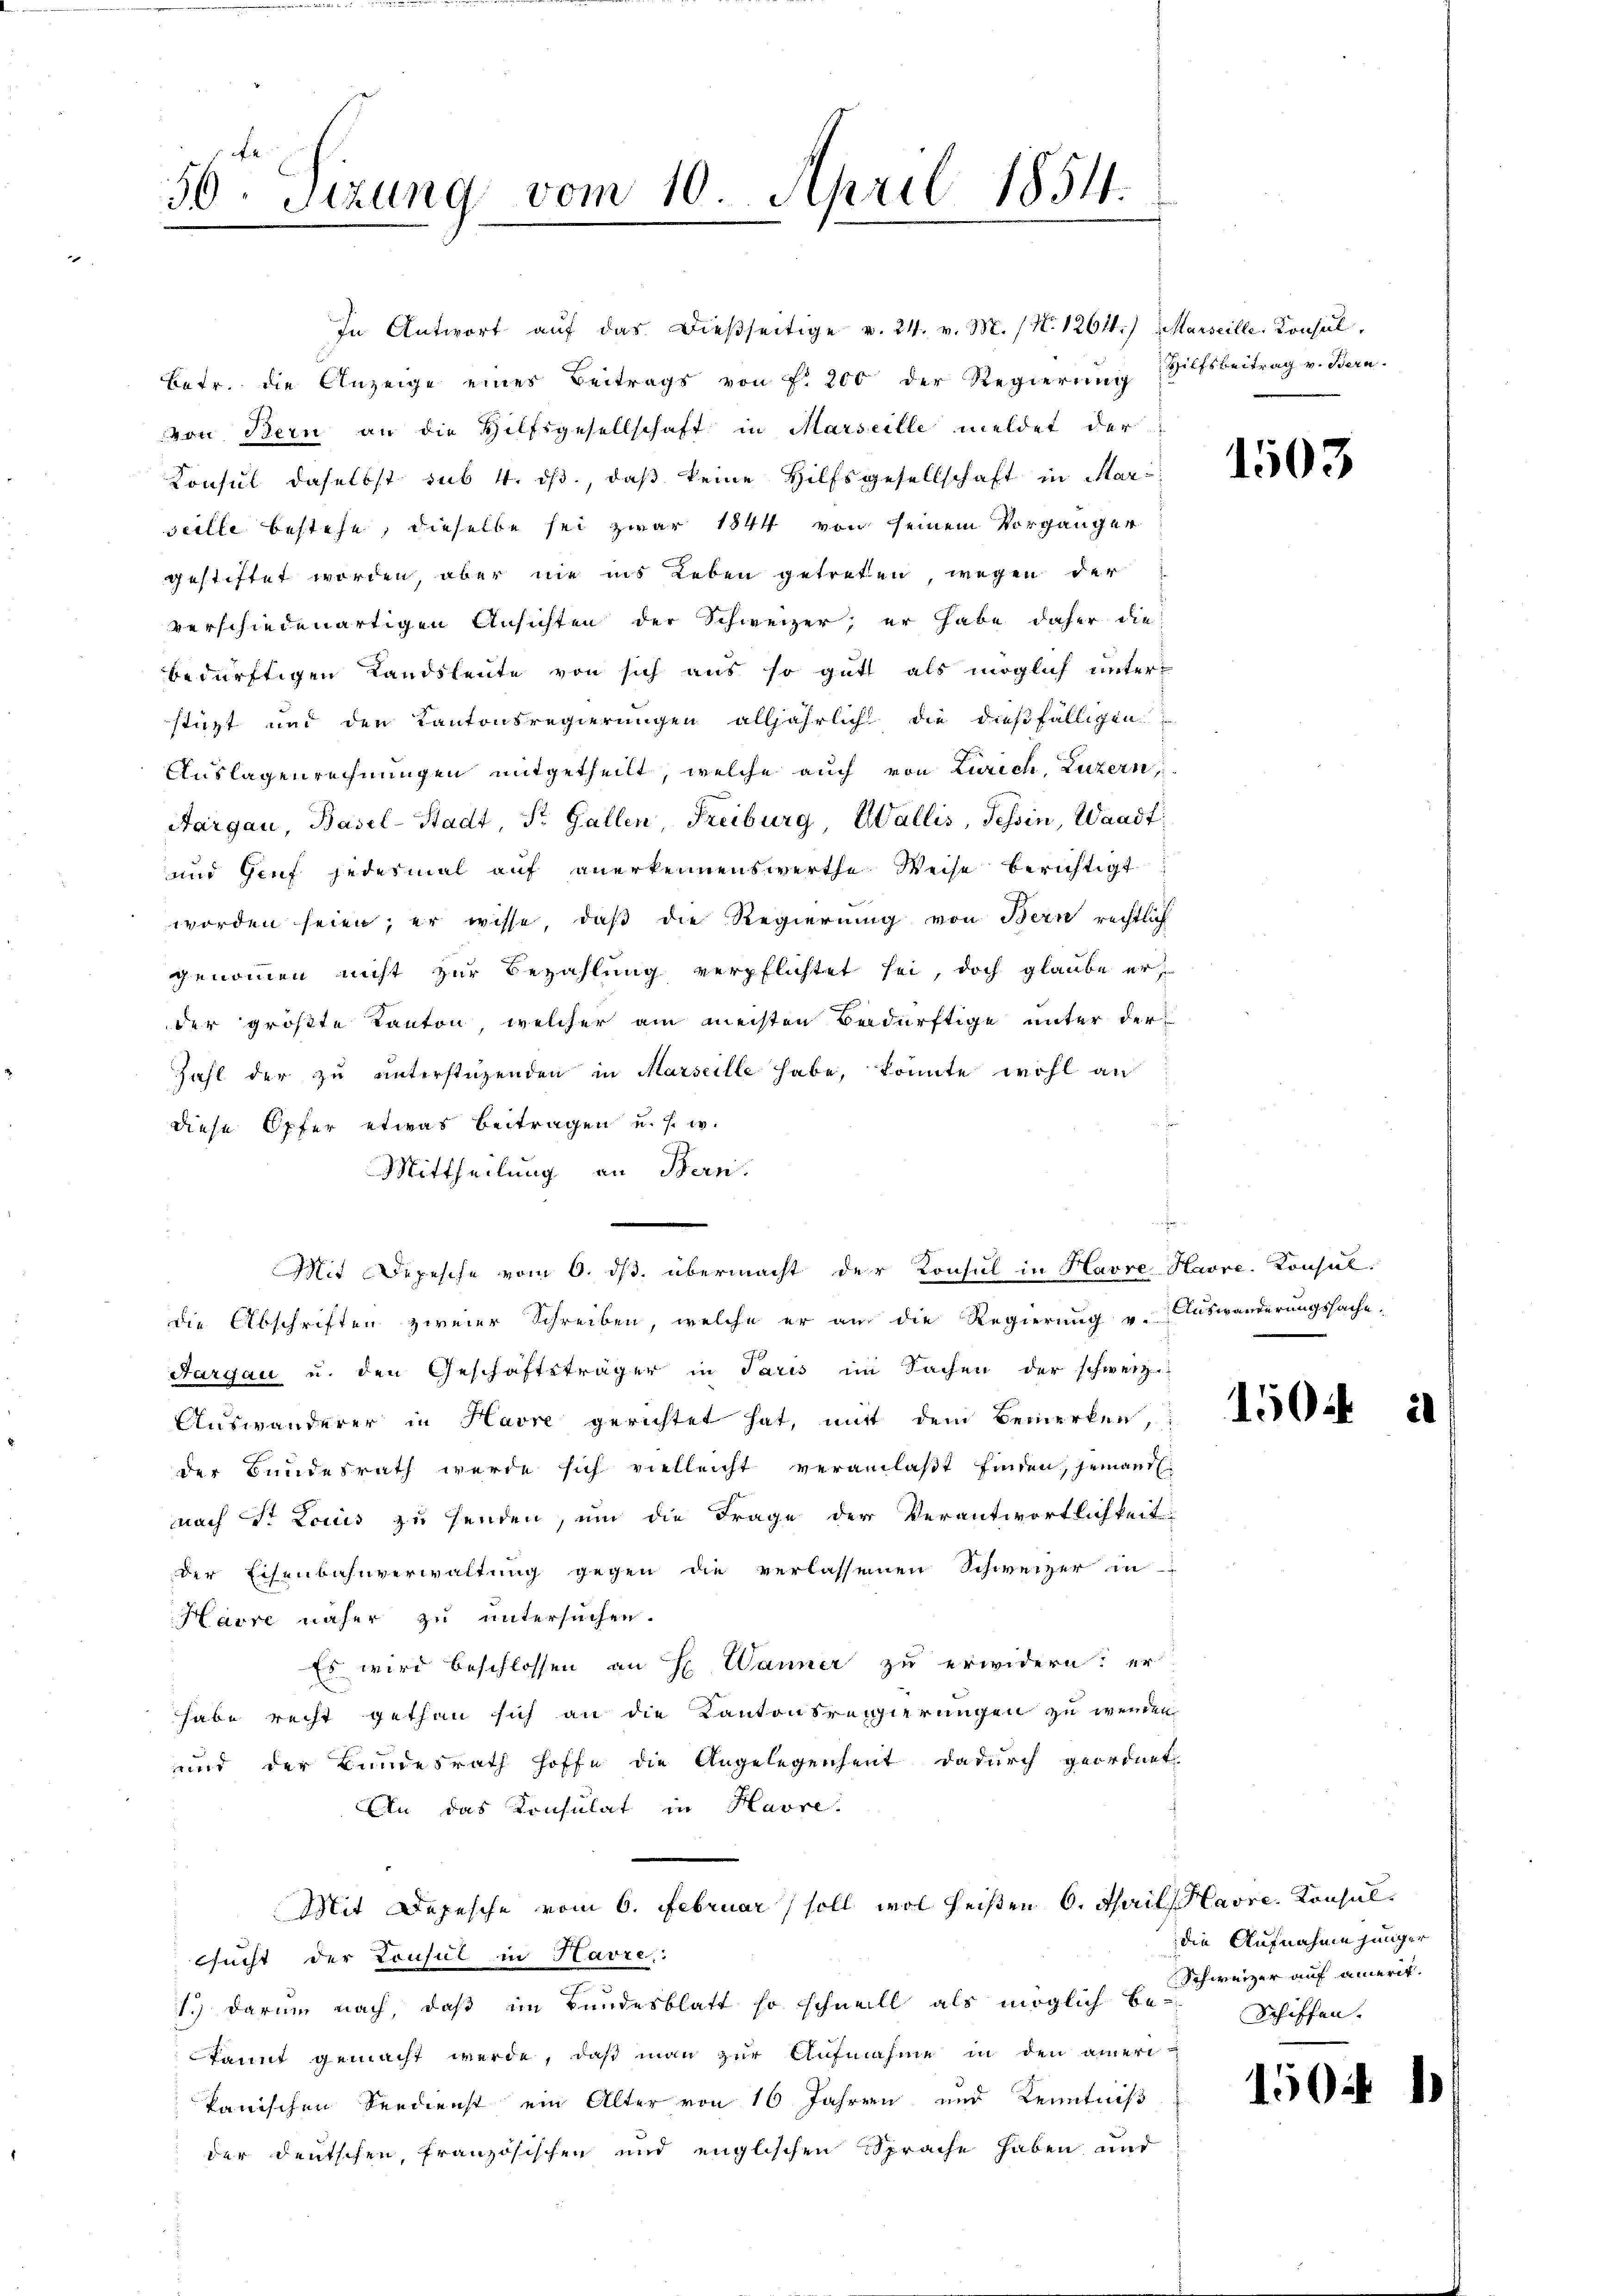
56 Sizung vom 10. April 1854.

Mit Depesche vom 6. ds. übermacht der Konsul in Havre Havre. Konsul¬

In Antwort aŭf das dießseitige v. 24. v. M. (N. 12614.) Marseille, Konsul,
betr. die Anzeige eines Beitrags von f. 200 der Regierŭng Hilfsbeitrag v. Bern.
von Bern an die Hilfsgesellschaft in Marseille meldet der
Konsul daselbst sub 4. ds., daß keine Hilfsgesellschaft in Sar-
seille bestehe, dieselbe sei zwar 1844 von seinem Vorgänger
gestiftet worden, aber nie ins Leben getreten, wegen der
verschiedenartigen Ansichten der Schweizer, er habe daher die
bedürftigen Landsleute von sich aus so gutt als möglich unterstüzt und den Kantonsregierungen alljährlich die dießfälligen
Auslagenrechnungen mitgetheilt, welche auch von Zürich, Luzern,
Aargau, Basel-Stadt, St. Gallen Freiburg, Wallis, Tessin, Waadt,
und Genf jedesmal auf anerkennenswerthe Weise berichtigt
worden seien; er wisse, daß die Regierung von Bern rechtlich
genommen nicht zur Bezahlung verpflichtet sei, doch glaube erder größte Kanton, welcher am meisten Bedürftige unter der
Zahl der zu unterstüzenden in Marseille habe, könnte wohl an
diese Opfer etwas Beitragen u. s. w.
Mittheilung an Bern.
die Abschriften zweier Schreiben, welche er an die Regierung u. Auswanderungssache.
Aargau u. den Geschäftsträger in Paris im Sachen der schweiz.
Auswanderer in Havre gerichtet hat, mit dem Bemerken,
der Bundesrath werde sich vielleicht veranlaßt finden, jemand
nach St. Lociis zu senden, um die Frage der Verantwortlichkeit
der Eisenbahnverwaltung gegen die verlassenen Schweizer in
Havre näher zu untersuchen.
Es wird beschlossen an H. Wanner zu erwidern: er
habe recht gethan sich an die Kantonsregierungen zu werden
und der Bundesrath hoffe die Angelegenheit dadurch geordnet.
An das Konsulat in Havre
Mit Depesche vom 6. Februar soll wol heißen 6. April, Havre, Konsul
sucht der Consul in Havre,
.
1.) darum nach, daß im Bundesblatt so schneill als möglich bekannt gemacht werde, daß man zur Aufnahme in den ameri
kanischen Verdienst ein Alter von 16 Jahren und Kenntniß
der Deutschen, französischen und englischen Sprache haben und

e

s

1503

150

die Aufnahme jünger
Schweizer auf einerit.
Schiffen.

150